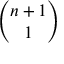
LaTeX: \binom { n + 1 } { 1 }